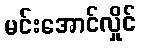
မင်းအောင်လှိုင်